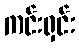
ကင်းရှင်း